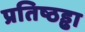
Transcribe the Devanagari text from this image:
प्रतिष्ठड्ढा